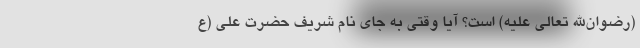
(رضوان‌الله تعالی علیه) است؟ آیا وقتی به جای نام شریف حضرت علی (ع